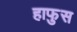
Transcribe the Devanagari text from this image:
हाफुस